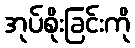
အုပ်စိုးခြင်းကို